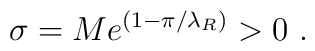
\sigma = M e^{(1-\pi/ \lambda_R )} > 0 ~.